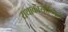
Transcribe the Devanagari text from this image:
यथाकार्यान्वित